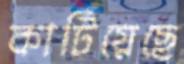
কাটিয়েছে